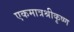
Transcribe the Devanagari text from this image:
एकमात्रश्रीकृष्ण